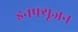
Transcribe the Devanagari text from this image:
इनफ्यूजन